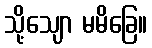
သို့သျော မမိခြေ။